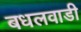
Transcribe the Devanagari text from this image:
बधलवाडी